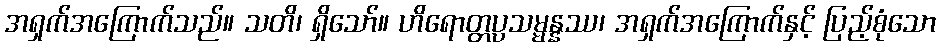
အရှက်အကြောက်သည်။ သတိ၊ ရှိသော်။ ဟိရောတ္တပ္ပသမ္မန္နဿ၊ အရှက်အကြောက်နှင့် ပြည့်စုံသော